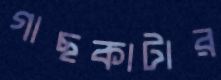
গাছকাটার